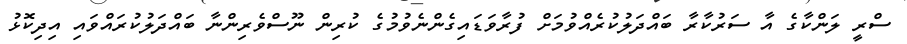
ސްރީ ލަންކާގެ އާ ސަރުކާރާ ބައްދަލުކުރެއްވުމަށް ފުރާވަޑައިގެންނެވުމުގެ ކުރިން ނޫސްވެރިންނާ ބައްދަލުކުރައްވައި އިދިކޮޅު